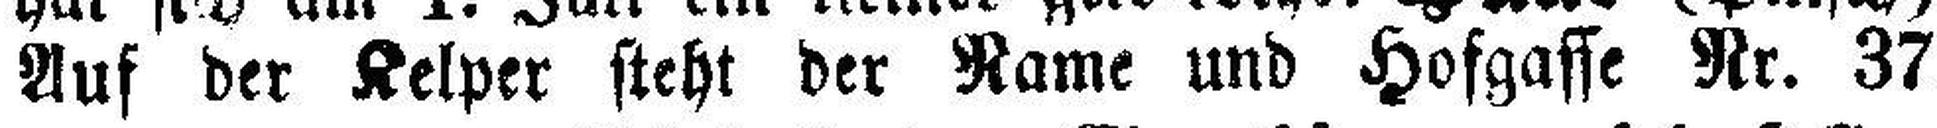
Auf der Kelper steht der Rame und Hofgasse Nr. 37.